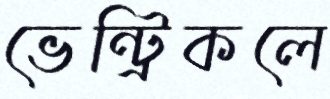
ভেন্ট্রিকলে